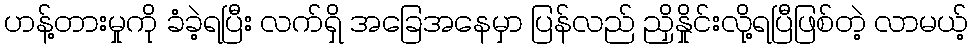
ဟန့်တားမှုကို ခံခဲ့ရပြီး လက်ရှိ အခြေအနေမှာ ပြန်လည် ညှိနှိုင်းလို့ရပြီဖြစ်တဲ့ လာမယ့်